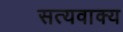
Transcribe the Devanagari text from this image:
सत्यवाक्य